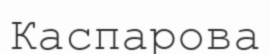
Каспарова